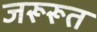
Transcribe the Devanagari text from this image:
जरूरूत